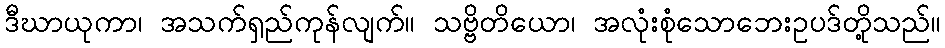
ဒီဃာယုကာ၊ အသက်ရှည်ကုန်လျက်။ သဗ္ဗိတိယော၊ အလုံးစုံသောဘေးဥပဒ်တို့သည်။